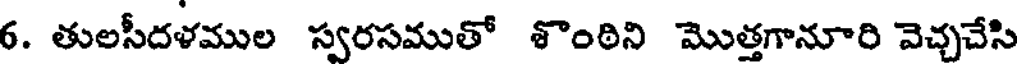
6. తులసీదళముల స్వరసముతో శొంఠిని మొత్తగానూరి వెచ్చచేసి